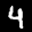
Label: 4